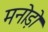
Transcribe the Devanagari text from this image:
मनोड़ो